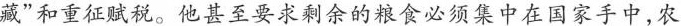
藏”和重征赋税。他甚至要求剩余的粮食必须集中在国家手中，农